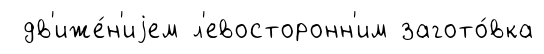
дв'иже́н'иjем л'евосторонн'им загото́вка